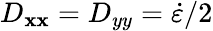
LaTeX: D_{\mathbf{x}\mathbf{x}}=D_{yy}=\dot{{\varepsilon}}/2